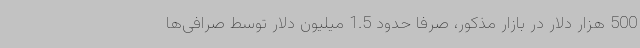
500 هزار دلار در بازار مذکور، صرفا حدود 1.5 میلیون دلار توسط صرافی‌ها